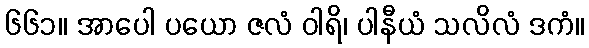
၆၆၁။ အာပေါ ပယော ဇလံ ဝါရိ၊ ပါနီယံ သလိလံ ဒကံ။